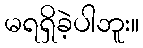
မရရှိခဲ့ပါဘူး။